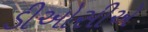
ડીઓસીએ